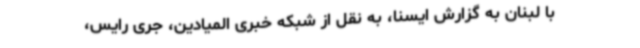
با لبنان به گزارش ایسنا، به نقل از شبکه خبری المیادین، جری رایس،